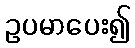
ဥပမာပေး၍